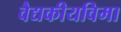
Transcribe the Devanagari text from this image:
वैद्यकीयविमा